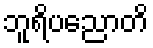
ဘူရိပညောတိ